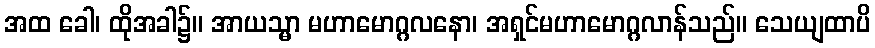
အထ ခေါ၊ ထိုအခါ၌။ အာယသ္မာ မဟာမောဂ္ဂလနော၊ အရှင်မဟာမောဂ္ဂလာန်သည်။ သေယျထာပိ